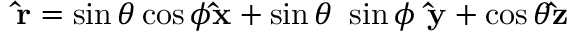
\mathbf { \hat { r } } = \sin \theta \cos \phi \mathbf { \hat { x } } + \sin \theta ~ \sin \phi ~ \mathbf { \hat { y } } + \cos \theta \mathbf { \hat { z } }